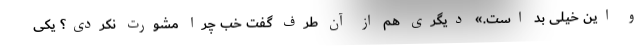
و این خیلی بد است.» دیگری هم از آن طرف گفت خب چرا مشورت نکردی؟ یکی